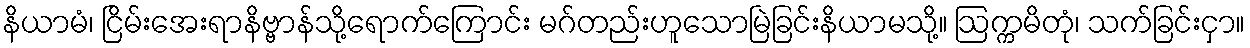
နိယာမံ၊ ငြိမ်းအေးရာနိဗ္ဗာန်သို့ရောက်ကြောင်း မဂ်တည်းဟူသောမြဲခြင်းနိယာမသို့။ ဩက္ကမိတုံ၊ သက်ခြင်းငှာ။